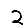
Digit: 2